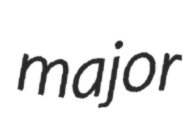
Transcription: major